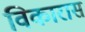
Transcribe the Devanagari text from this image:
विकारास